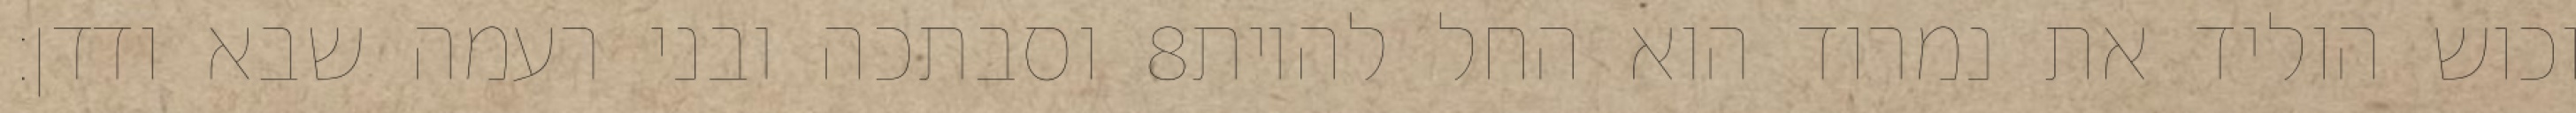
וסבתכה ובני רעמה שבא ודדן׃ ‎8‏ וכוש הוליד את נמרוד הוא החל להיות